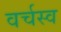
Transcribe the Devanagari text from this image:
वर्चस्‍व